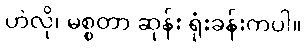
ဟဲလို၊ မစ္စတာ ဆုန်း ရုံးခန်းကပါ။